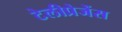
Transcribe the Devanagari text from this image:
टेलीप्रेजेंस